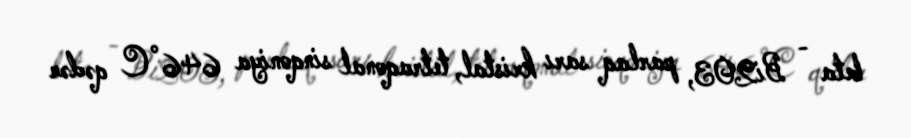
beta - Bi2O3, parlaq sarı kristal, tetraqonal sinqoniya 646°C qədər